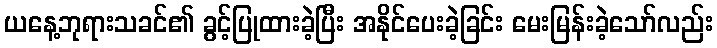
ယနေ့ဘုရားသခင်၏ ခွင့်ပြုထားခဲ့ပြီး အနိုင်ပေးခဲ့ခြင်း မေးမြန်းခဲ့သော်လည်း